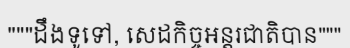
"""ដឹងទូទៅ, សេដកិច្ចអន្តរជាតិបាន"""